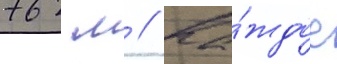
762 м // Ка́ждое